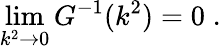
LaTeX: \operatorname*{lim}_{k^{2}\to 0}G^{-1}(k^{2})=0\; .